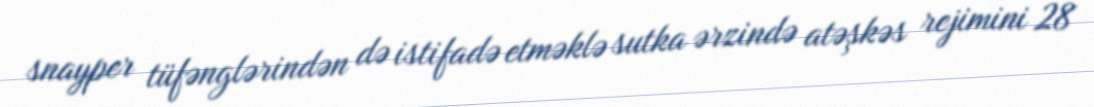
snayper tüfənglərindən də istifadə etməklə sutka ərzində atəşkəs rejimini 28